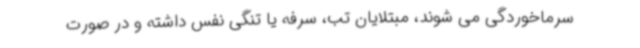
سرماخوردگی می شوند، مبتلایان تب، سرفه یا تنگی نفس داشته و در صورت